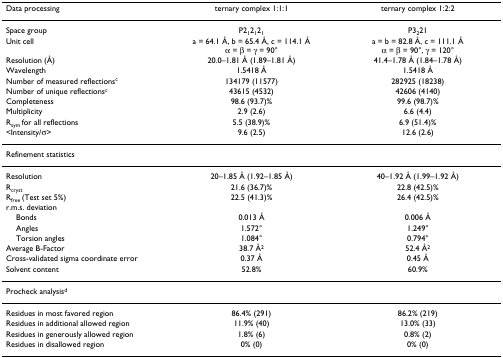
| Data processing | ternary complex 1:1:1 | ternary complex 1:2:2 |
 | --- | --- | --- |
 | Space group | P212121 | P3221 |
 | Unit cell | a = 64.1 Å, b = 65.4 Å, c = 114.1 Åα = β = γ = 90° | a = b = 82.8 Å, c = 111.1 Åα = β = 90°, γ = 120° |
 | Resolution (Å) | 20.0–1.81 Å (1.89–1.81 Å) | 41.4–1.78 Å (1.84–1.78 Å) |
 | Wavelength | 1.5418 Å | 1.5418 Å |
 | Number of measured reflectionsc | 134179 (11577) | 282925 (18238) |
 | Number of unique reflectionsc | 43615 (4532) | 42606 (4140) |
 | Completeness | 98.6 (93.7)% | 99.6 (98.7)% |
 | Multiplicity | 2.9 (2.6) | 6.6 (4.4) |
 | Rsym for all reflections | 5.5 (38.9)% | 6.9 (51.4)% |
 | <Intensity/σ> | 9.6 (2.5) | 12.6 (2.6) |
 | <COLSPAN=3> Refinement statistics |
 | Resolution | 20–1.85 Å (1.92–1.85 Å) | 40–1.92 Å (1.99–1.92 Å) |
 | Rcryst | 21.6 (36.7)% | 22.8 (42.5)% |
 | Rfree (Test set 5%) | 22.5 (41.3)% | 26.4 (42.5)% |
 | r.m.s. deviation |  |  |
 | Bonds | 0.013 Å | 0.006 Å |
 | Angles | 1.572° | 1.249° |
 | Torsion angles | 1.084° | 0.794° |
 | Average B-Factor | 38.7 Å2 | 52.4 Å2 |
 | Cross-validated sigma coordinate error | 0.37 Å | 0.45 Å |
 | Solvent content | 52.8% | 60.9% |
 | <COLSPAN=3> Procheck analysisd |
 | Residues in most favored region | 86.4% (291) | 86.2% (219) |
 | Residues in additional allowed region | 11.9% (40) | 13.0% (33) |
 | Residues in generously allowed region | 1.8% (6) | 0.8% (2) |
 | Residues in disallowed region | 0% (0) | 0% (0) |